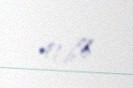
41,6%